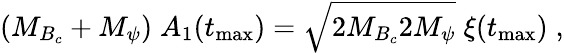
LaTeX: (M_{B_{c}}+M_{\psi})\; A_{1}(t_{\mathrm{max}})=\sqrt{2M_{B_{c}}2M_{\psi}}\; \xi(t_{\mathrm{max}})\; ,